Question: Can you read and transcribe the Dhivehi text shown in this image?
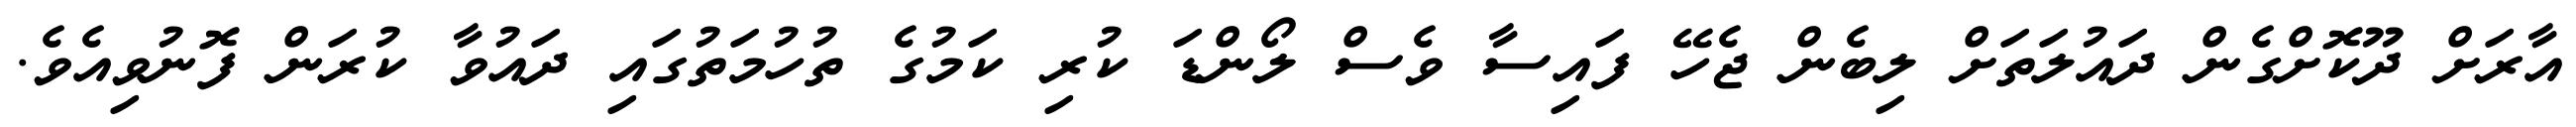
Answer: އާރަށް ދޫކޮށްގެން ދައުލަތަށް ލިބެން ޖެހޭ ފައިސާ ވެސް ލޯންޑަ ކުރި ކަމުގެ ތުހުމަތުގައި ދައުވާ ކުރަން ފޮނުވިއެވެ.